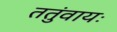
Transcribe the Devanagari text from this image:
ततुंवायः